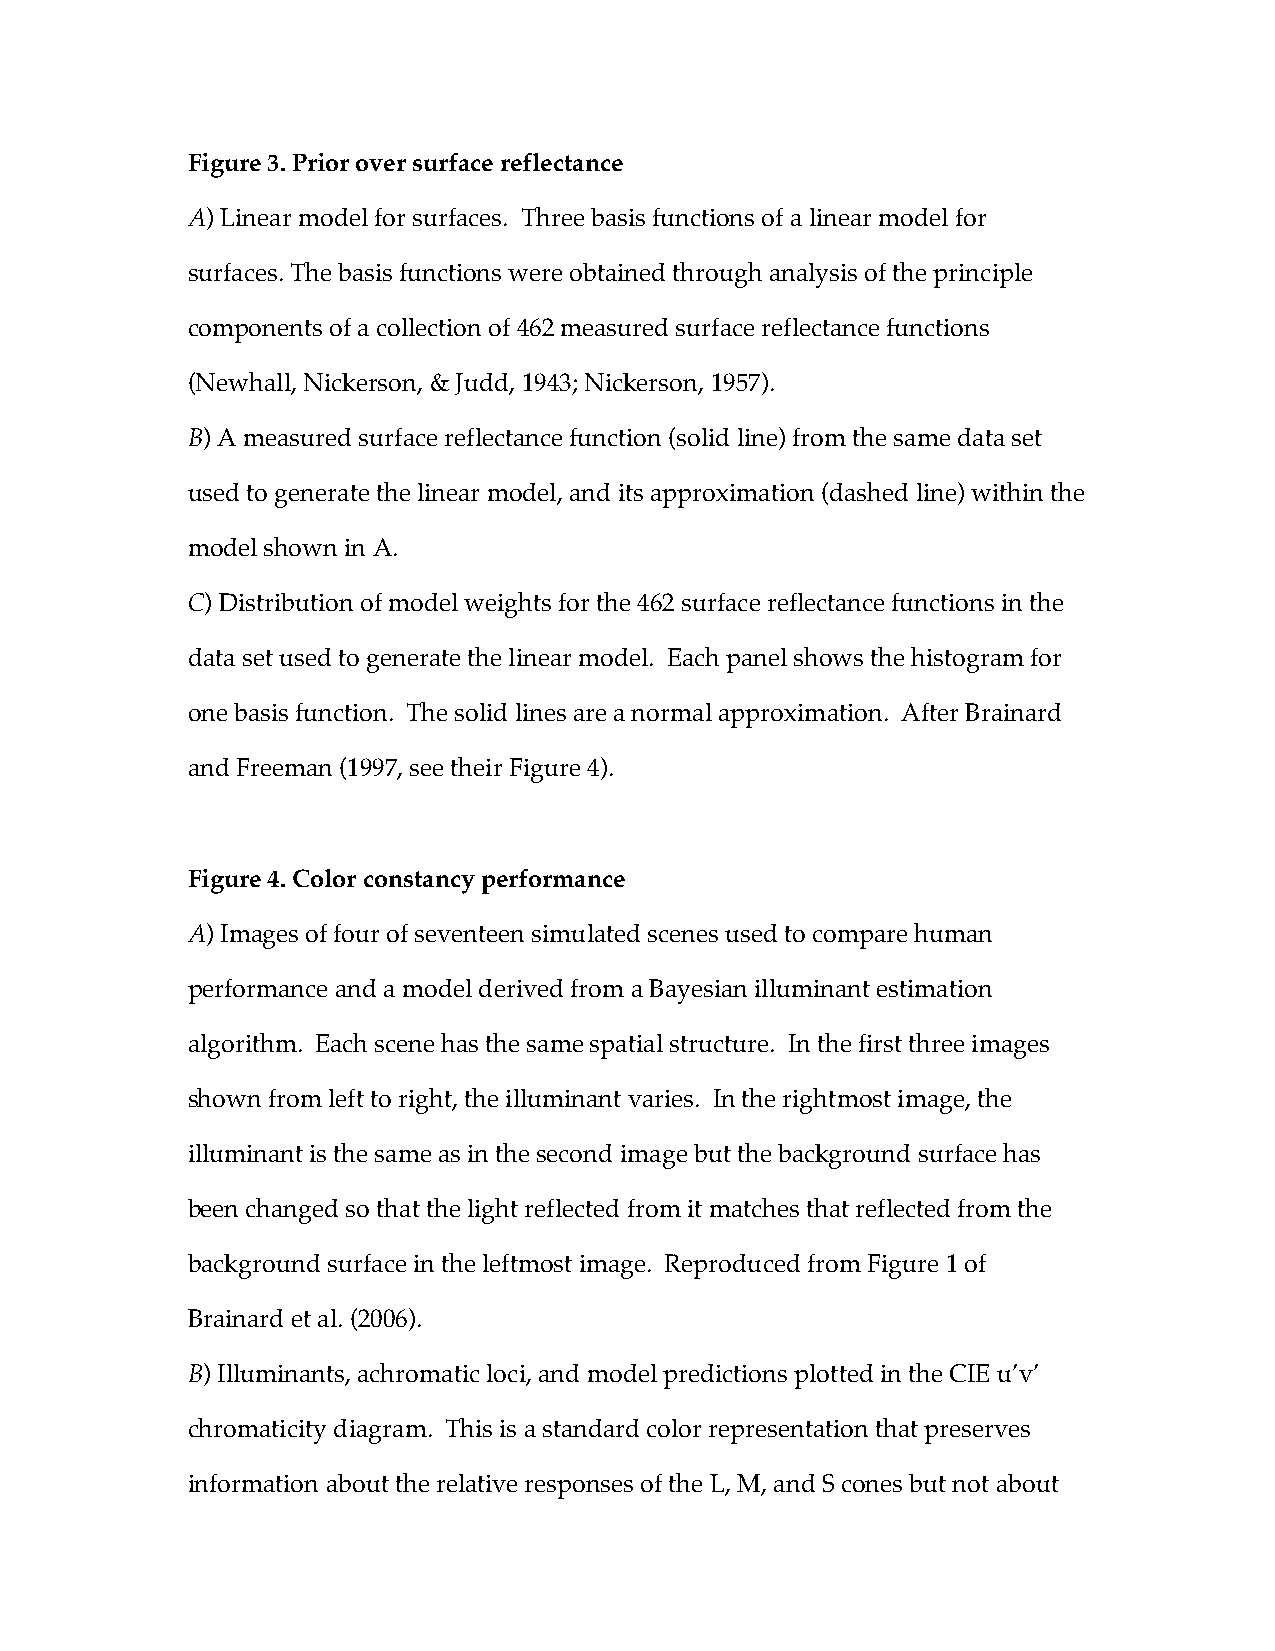
Figure 3. Prior over surface reflectance
 A) Linear model for surfaces. Three basis functions of a linear model for
 surfaces. The basis functions were obtained through analysis of the principle
 components of a collection of 462 measured surface reflectance functions
 (Newhall, Nickerson, & Judd, 1943; Nickerson, 1957).
 B) A measured surface reflectance function (solid line) from the same data set
 used to generate the linear model, and its approximation (dashed line) within the
 model shown in A.
 C) Distribution of model weights for the 462 surface reflectance functions in the
 data set used to generate the linear model. Each panel shows the histogram for
 one basis function. The solid lines are a normal approximation. After Brainard
 and Freeman (1997, see their Figure 4).
 Figure 4. Color constancy performance
 A) Images of four of seventeen simulated scenes used to compare human
 performance and a model derived from a Bayesian illuminant estimation
 algorithm. Each scene has the same spatial structure. In the first three images
 shown from left to right, the illuminant varies. In the rightmost image, the
 illuminant is the same as in the second image but the background surface has
 been changed so that the light reflected from it matches that reflected from the
 background surface in the leftmost image. Reproduced from Figure 1 of
 Brainard et al. (2006).
 B) Illuminants, achromatic loci, and model predictions plotted in the CIE u’v’
 chromaticity diagram. This is a standard color representation that preserves
 information about the relative responses of the L, M, and S cones but not about